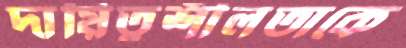
দায়িত্বশীলতাকে